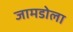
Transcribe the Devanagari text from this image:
जामडोला